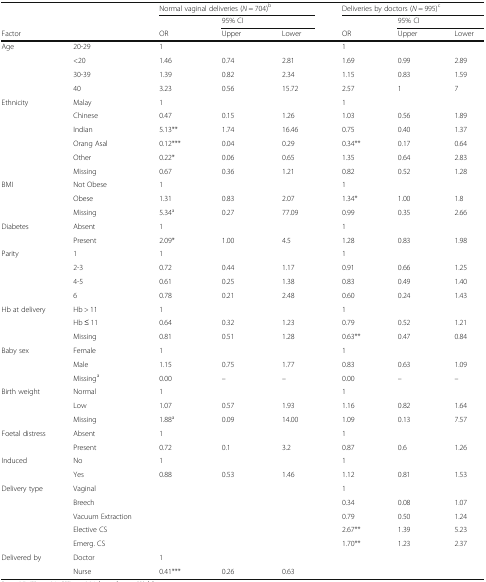
<table><thead><tr><td colspan="2"></td><td colspan="3"><b>Normal vaginal deliveries (<i>N</i> = 704)<sup>b</sup></b></td><td colspan="3"><b>Deliveries by doctors (<i>N</i> = 995)<sup>c</sup></b></td></tr><tr><td colspan="3"></td><td colspan="2"><b>95% CI</b></td><td></td><td colspan="2"><b>95% CI</b></td></tr><tr><td colspan="2"><b>Factor</b></td><td><b>OR</b></td><td><b>Upper</b></td><td><b>Lower</b></td><td><b>OR</b></td><td><b>Upper</b></td><td><b>Lower</b></td></tr></thead><tbody><tr><td rowspan="4">Age</td><td>20-29</td><td>1</td><td></td><td></td><td>1</td><td></td><td></td></tr><tr><td>&lt;20</td><td>1.46</td><td>0.74</td><td>2.81</td><td>1.69</td><td>0.99</td><td>2.89</td></tr><tr><td>30-39</td><td>1.39</td><td>0.82</td><td>2.34</td><td>1.15</td><td>0.83</td><td>1.59</td></tr><tr><td>40</td><td>3.23</td><td>0.56</td><td>15.72</td><td>2.57</td><td>1</td><td>7</td></tr><tr><td rowspan="6">Ethnicity</td><td>Malay</td><td>1</td><td></td><td></td><td>1</td><td></td><td></td></tr><tr><td>Chinese</td><td>0.47</td><td>0.15</td><td>1.26</td><td>1.03</td><td>0.56</td><td>1.89</td></tr><tr><td>Indian</td><td>5.13**</td><td>1.74</td><td>16.46</td><td>0.75</td><td>0.40</td><td>1.37</td></tr><tr><td>Orang Asal</td><td>0.12***</td><td>0.04</td><td>0.29</td><td>0.34**</td><td>0.17</td><td>0.64</td></tr><tr><td>Other</td><td>0.22*</td><td>0.06</td><td>0.65</td><td>1.35</td><td>0.64</td><td>2.83</td></tr><tr><td>Missing</td><td>0.67</td><td>0.36</td><td>1.21</td><td>0.82</td><td>0.52</td><td>1.28</td></tr><tr><td rowspan="3">BMI</td><td>Not Obese</td><td>1</td><td></td><td></td><td>1</td><td></td><td></td></tr><tr><td>Obese</td><td>1.31</td><td>0.83</td><td>2.07</td><td>1.34*</td><td>1.00</td><td>1.8</td></tr><tr><td>Missing</td><td>5.34<sup>a</sup></td><td>0.27</td><td>77.09</td><td>0.99</td><td>0.35</td><td>2.66</td></tr><tr><td rowspan="2">Diabetes</td><td>Absent</td><td>1</td><td></td><td></td><td>1</td><td></td><td></td></tr><tr><td>Present</td><td>2.09*</td><td>1.00</td><td>4.5</td><td>1.28</td><td>0.83</td><td>1.98</td></tr><tr><td rowspan="4">Parity</td><td>1</td><td>1</td><td></td><td></td><td>1</td><td></td><td></td></tr><tr><td>2-3</td><td>0.72</td><td>0.44</td><td>1.17</td><td>0.91</td><td>0.66</td><td>1.25</td></tr><tr><td>4-5</td><td>0.61</td><td>0.25</td><td>1.38</td><td>0.83</td><td>0.49</td><td>1.40</td></tr><tr><td>6</td><td>0.78</td><td>0.21</td><td>2.48</td><td>0.60</td><td>0.24</td><td>1.43</td></tr><tr><td rowspan="3">Hb at delivery</td><td>Hb &gt; 11</td><td>1</td><td></td><td></td><td>1</td><td></td><td></td></tr><tr><td>Hb ≤ 11</td><td>0.64</td><td>0.32</td><td>1.23</td><td>0.79</td><td>0.52</td><td>1.21</td></tr><tr><td>Missing</td><td>0.81</td><td>0.51</td><td>1.28</td><td>0.63**</td><td>0.47</td><td>0.84</td></tr><tr><td rowspan="3">Baby sex</td><td>Female</td><td>1</td><td></td><td></td><td>1</td><td></td><td></td></tr><tr><td>Male</td><td>1.15</td><td>0.75</td><td>1.77</td><td>0.83</td><td>0.63</td><td>1.09</td></tr><tr><td>Missing<sup>a</sup></td><td>0.00</td><td>–</td><td>–</td><td>0.00</td><td>–</td><td>–</td></tr><tr><td rowspan="3">Birth weight</td><td>Normal</td><td>1</td><td></td><td></td><td>1</td><td></td><td></td></tr><tr><td>Low</td><td>1.07</td><td>0.57</td><td>1.93</td><td>1.16</td><td>0.82</td><td>1.64</td></tr><tr><td>Missing</td><td>1.88<sup>a</sup></td><td>0.09</td><td>14.00</td><td>1.09</td><td>0.13</td><td>7.57</td></tr><tr><td rowspan="2">Foetal distress</td><td>Absent</td><td>1</td><td></td><td></td><td>1</td><td></td><td></td></tr><tr><td>Present</td><td>0.72</td><td>0.1</td><td>3.2</td><td>0.87</td><td>0.6</td><td>1.26</td></tr><tr><td rowspan="2">Induced</td><td>No</td><td>1</td><td></td><td></td><td>1</td><td></td><td></td></tr><tr><td>Yes</td><td>0.88</td><td>0.53</td><td>1.46</td><td>1.12</td><td>0.81</td><td>1.53</td></tr><tr><td rowspan="5">Delivery type</td><td>Vaginal</td><td></td><td></td><td></td><td>1</td><td></td><td></td></tr><tr><td>Breech</td><td></td><td></td><td></td><td>0.34</td><td>0.08</td><td>1.07</td></tr><tr><td>Vacuum Extraction</td><td></td><td></td><td></td><td>0.79</td><td>0.50</td><td>1.24</td></tr><tr><td>Elective CS</td><td></td><td></td><td></td><td>2.67**</td><td>1.39</td><td>5.23</td></tr><tr><td>Emerg. CS</td><td></td><td></td><td></td><td>1.70**</td><td>1.23</td><td>2.37</td></tr><tr><td rowspan="2">Delivered by</td><td>Doctor</td><td>1</td><td></td><td></td><td></td><td></td><td></td></tr><tr><td>Nurse</td><td>0.41***</td><td>0.26</td><td>0.63</td><td></td><td></td><td></td></tr></tbody></table>